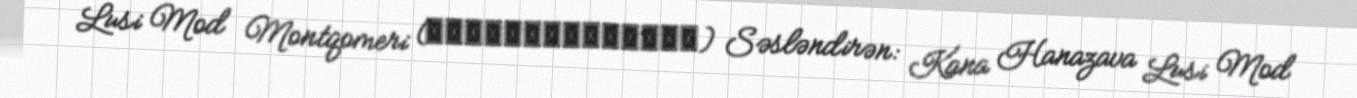
Lusi Mod Montqomeri (ルーシー・モード・モンゴメリ) Səsləndirən: Kana Hanazava Lusi Mod